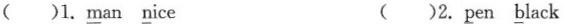
( )1. \underline{m}an \underline{n}ice ( )2.\underline{p}en \underline{b}lack